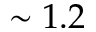
\sim 1 . 2